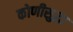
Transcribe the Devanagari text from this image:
कोणीसुद्धा